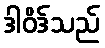
ဒါဝိဒ်သည်